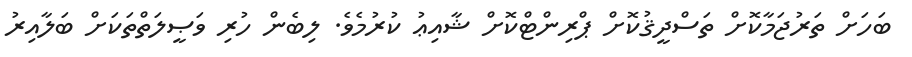
ބަހަށް ތަރުޖަމާކޮށް ތަސްދީޤުކޮށް ޕްރިންޓްކޮށް ޝާއިޢު ކުރުމެވެ. ލިބެން ހުރި ވަޞީލަތްތަކަށް ބަލާއިރު